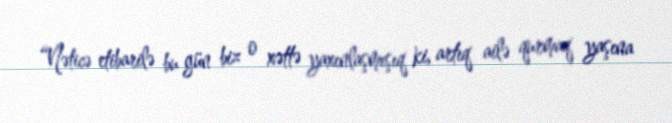
“Nəticə etibarilə bu gün biz o xəttə yaxınlaşmışıq ki, artıq ailə qurmaq yaşına